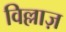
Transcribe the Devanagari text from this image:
विल्लाज़